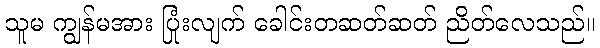
သူမ ကျွန်မအား ပြုံးလျက် ခေါင်းတဆတ်ဆတ် ညိတ်လေသည်။